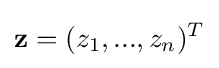
\mathbf {z} =(z_{1},...,z_{n})^{T}